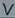
Text: V